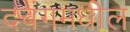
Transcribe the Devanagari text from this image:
दबंगमधील